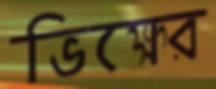
ভিক্ষের